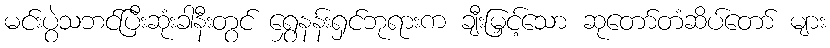
မင်းပွဲသဘင်ပြီးဆုံးခါနီးတွင် ရွှေနန်းရှင်ဘုရားက ချီးမြှင့်သော ဆုတော်တံဆိပ်တော် များ